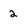
Character: 2